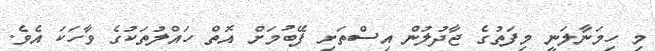
މި ހިމަނާލަނީ މިފަތުގެ ޖާދުލުން އިސްތަށި ފޭބުމަށް އޮތް ހައްލުތަކުގެ ވާހަކަ އެވެ.